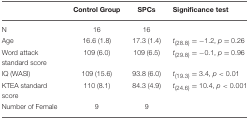
<table><thead><tr><td></td><td><b>Control Group</b></td><td><b>SPCs</b></td><td><b>Significance test</b></td></tr></thead><tbody><tr><td>N</td><td>16</td><td>16</td><td></td></tr><tr><td>Age</td><td>16.6 (1.8)</td><td>17.3 (1.4)</td><td><sup><i>t</i></sup>(28.8) = −1.2, <i>p</i> = 0.26</td></tr><tr><td>Word attack standard score</td><td>109 (6.0)</td><td>109 (6.5)</td><td><sup><i>t</i></sup>(29.8) = −0.1, <i>p</i> = 0.96</td></tr><tr><td>IQ (WASI)</td><td>109 (15.6)</td><td>93.8 (6.0)</td><td><sup><i>t</i></sup>(19.3) = 3.4, <i>p</i> &lt; 0.01</td></tr><tr><td>KTEA standard score</td><td>110 (8.1)</td><td>84.3 (4.9)</td><td><sup><i>t</i></sup>(24.6) = 10.4, <i>p</i> &lt; 0.001</td></tr><tr><td>Number of Female</td><td>9</td><td>9</td><td></td></tr></tbody></table>